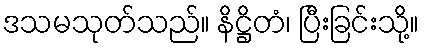
ဒသမသုတ်သည်။ နိဋ္ဌိတံ၊ ပြီးခြင်းသို့။